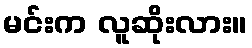
မင်းက လူဆိုးလား။